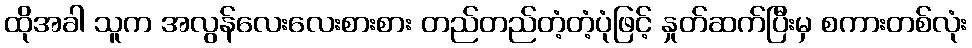
ထိုအခါ သူက အလွန်လေးလေးစားစား တည်တည်တံ့တံ့ပုံဖြင့် နှုတ်ဆက်ပြီးမှ စကားတစ်လုံး